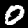
Label: 0